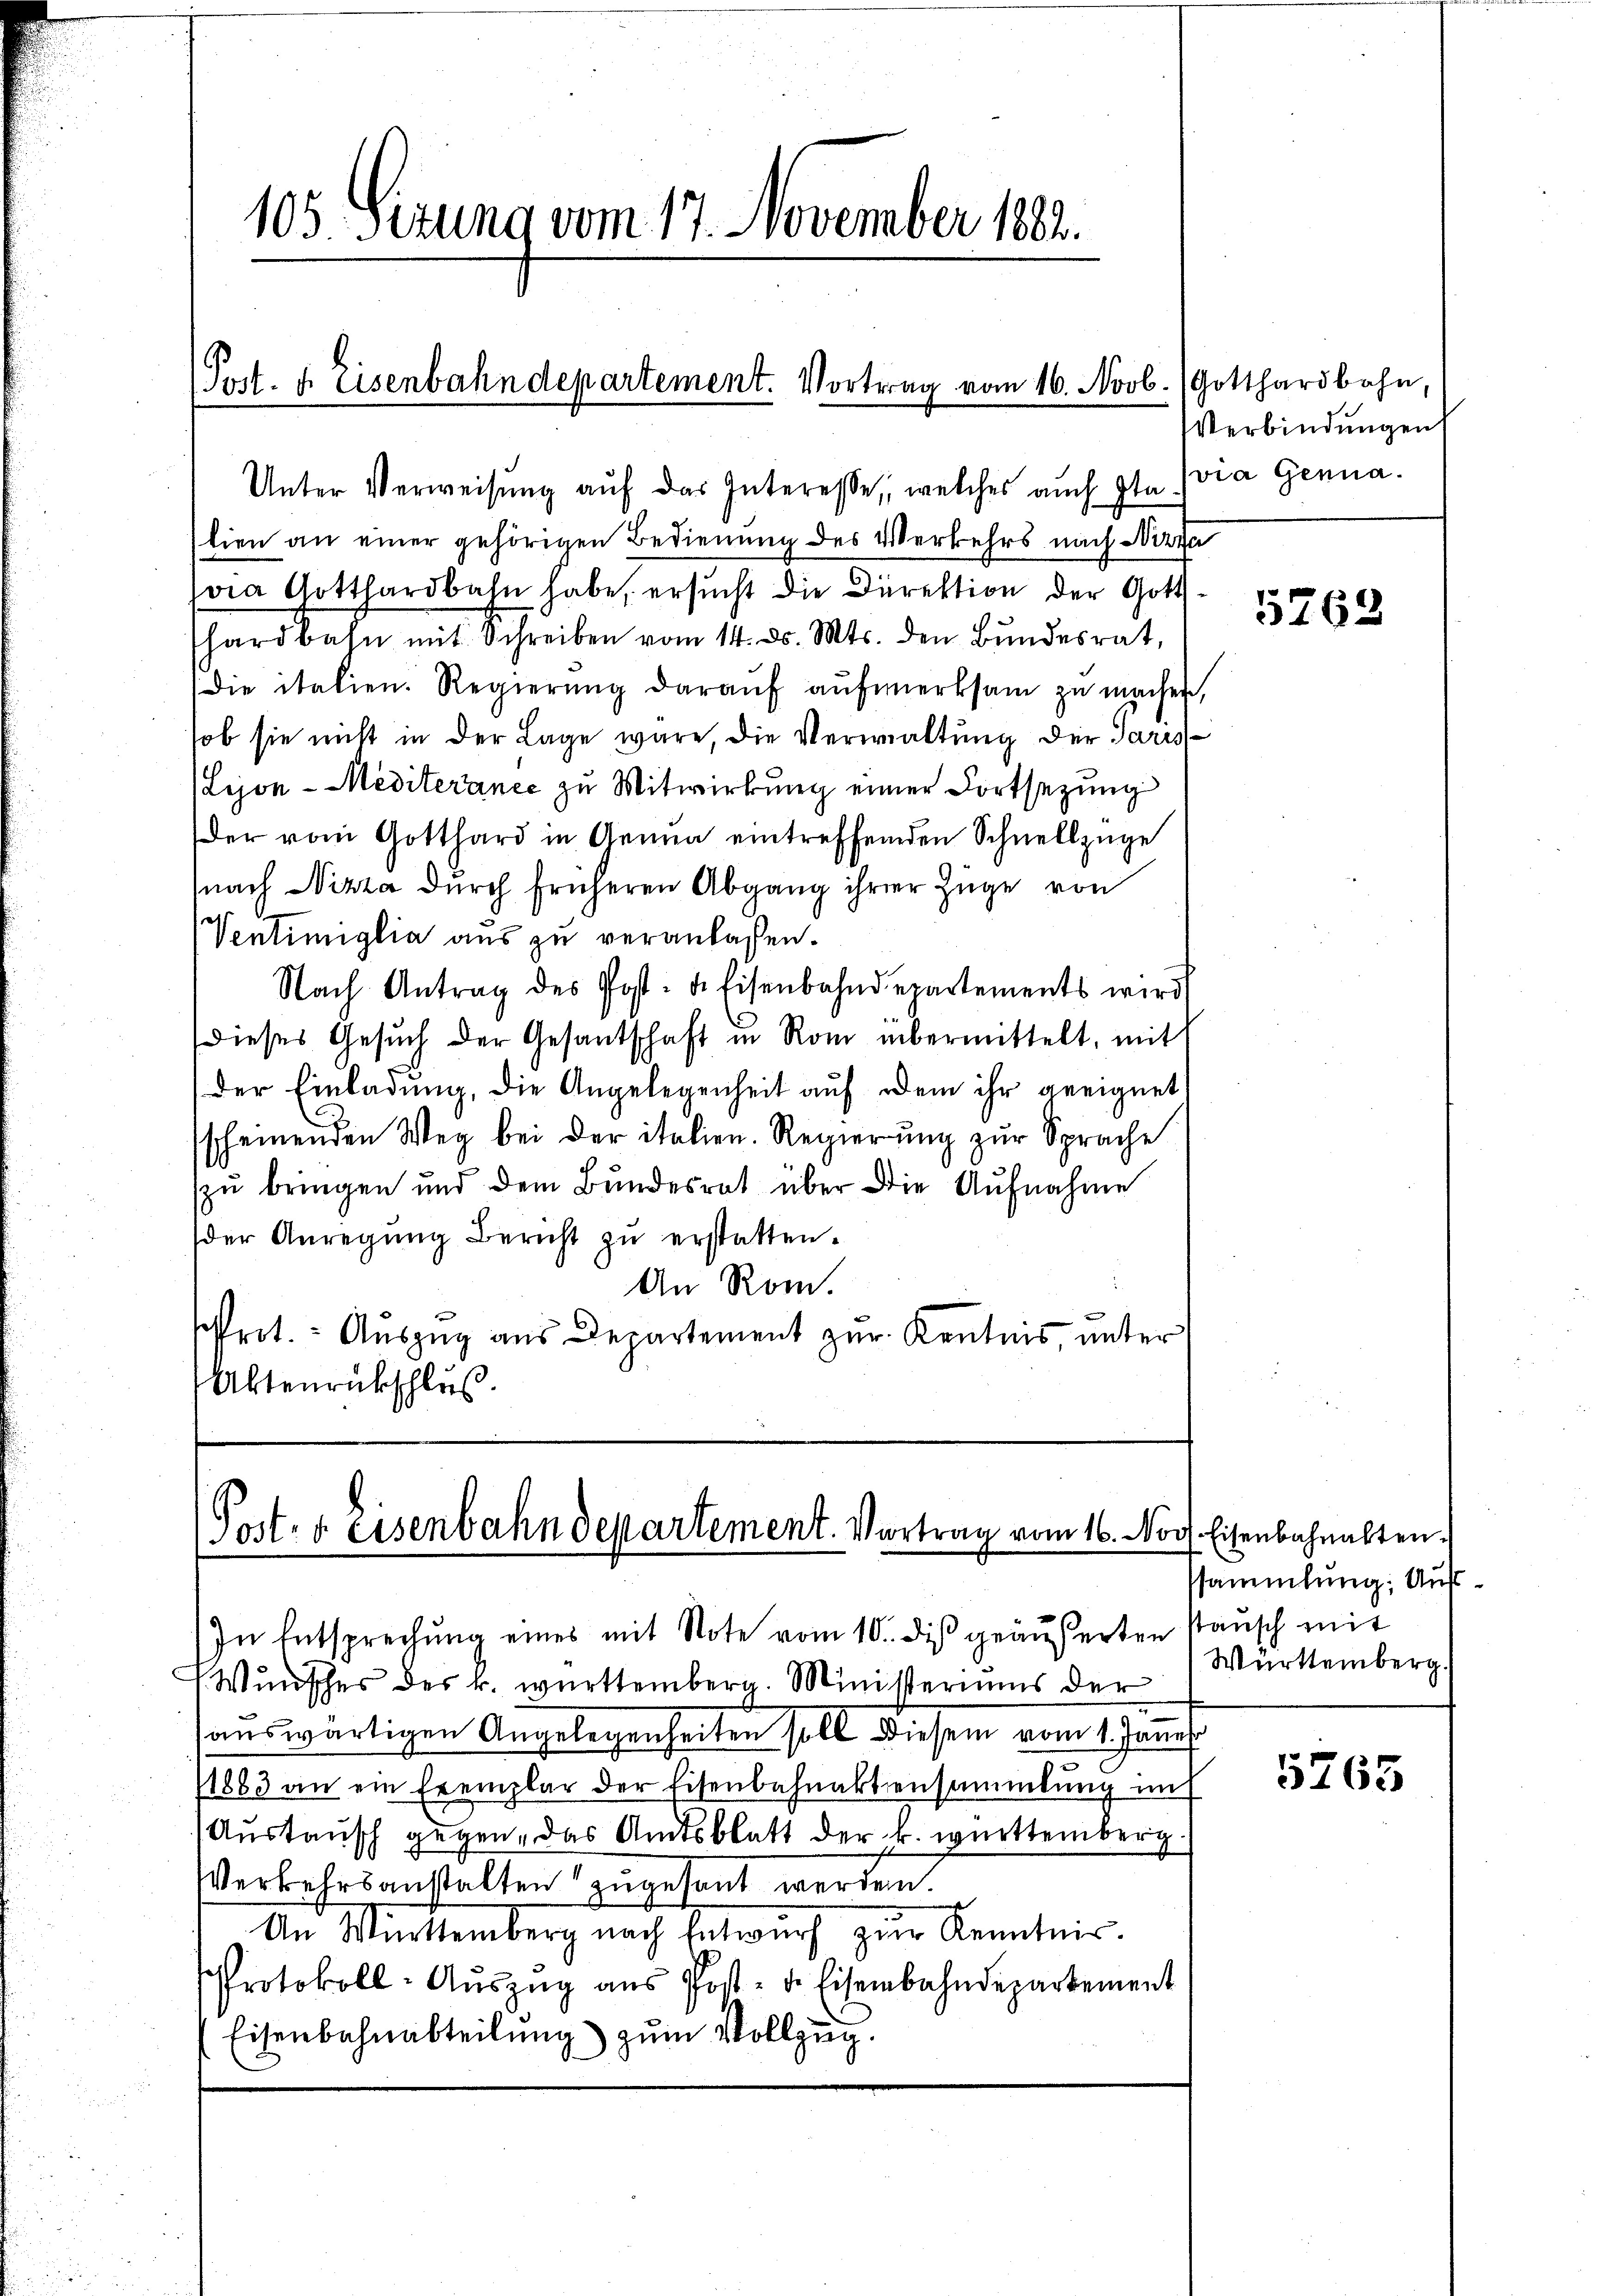
105 Situng vom 17. November 1882.

Unter Verweisung aŭf das Interesse, welches auch Ita Ivia Genuatien an einer gehörigen Bedienung des Verkehrs nach Nizza
via Gotthardbahn habe, ersucht die Direktion der Gotthardbahn mit Schreiben vom 14. ds. Mts. den Bŭndesrat,
Die italien. Regierŭng daraŭf aŭfmerksam zu machen,
sob sie nicht in der Lage wäre, die Verwaltung der Paris¬
Lijon-Mediterance zu Mitwirkung einer Fortsezung
der vom Gotthard in Genua eintreffenden Schnellzüge
nach Nizza durch früheren Abgang ihrer Züge von
Ventimiglia aus zu veranlassen.
Nach Antrag des Post- u. Eisenbahndepartements wird
dieses Gesŭch der Gesantschaft in Rom übermittelt, mit
Der Einladung, die Angelegenheit auf dem ihr geeignet
sscheinenden Weg bei der italien. Regierŭng zur Sprache
zu bringen und dem Bundesrat über die Aŭfnahme
der Anregung Bericht zu erstatten.
An Rom.
rot. - Auszug aus Departement zur Kenntnis, unter
Aktenrückschluß

Post- u. Eisenbahndepartement. Vortrag vom 16. Nov. Eisenbahnalten.

Post. u. Eisenbahndepartement. Vortrag vom 16. Novb. Gotthardbahn,

In Entsprechŭng eines mit Note vom 10. diβ geäußerten sansch mit
Wunsches des k. württemberg. Ministeriums der
auswärtigen Angelegenheiten soll diesem vom 1. Jannes.
1863 an ein Exemplar der Eisenbahnaktensammlung unt
Austausch gegen, das Amtsblatt der k. württemberg
Verkehrsanstalten zugesant werden.
An Winttemberg nach Entwurf zur Kenntnis.
Protokoll-Aŭszŭg aŭs Post- u. Eisenbahndepartement
Eisenbahnabteilung zum Vollzug.

Verbindungen

5763

ssammlung: Auf¬
Württemberg.

5765